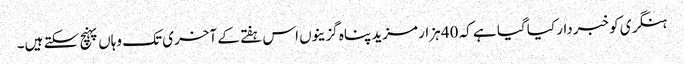
ہنگری کو خبردار کیا گیا ہے کہ 40 ہزار مزید پناہ گزینوں اس ہفتے کے آخری تک وہاں پہنچ سکتے ہیں۔